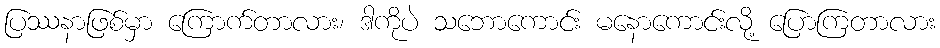
ပြဿနာဖြစ်မှာ ကြောက်တာလား၊ ဒါကိုပဲ သဘောကောင်း မနောကောင်းလို့ ပြောကြတာလား